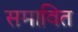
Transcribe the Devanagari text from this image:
समावित